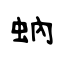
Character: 蚋